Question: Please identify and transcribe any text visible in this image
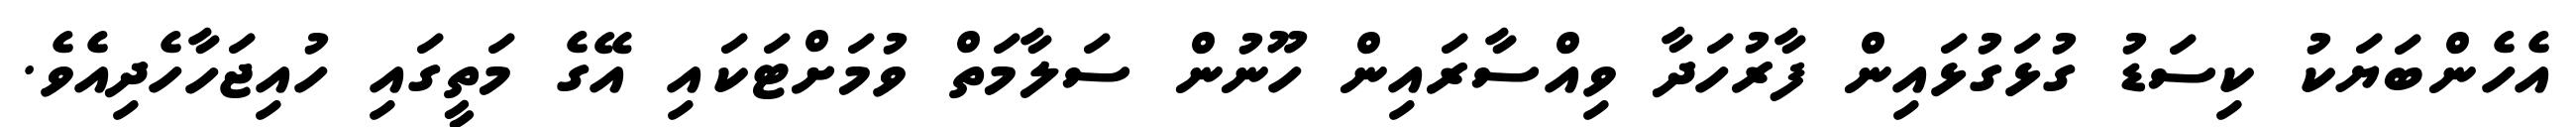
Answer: އެހެންބަޔަކު ކިސަޑު ގުޅަގުޅައިން ފާރުހަދާ ވިއްސާރައިން ހޫނުން ސަލާމަތް ވުމަށްޓަކައި އޭގެ މަތީގައި ހުއިޖަހާހެދިއެވެ.